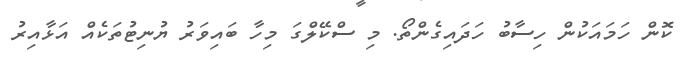
ކޮން ހަމައަކުން ހިސާބު ހަދައިގެންތޯ. މި ސްކޭލްގަ މިހާ ބައިވަރު ޔުނިޓުތަކެއް އަޅާއިރު